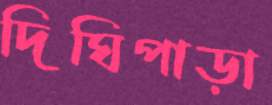
দিঘিপাড়া